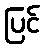
ပြင်